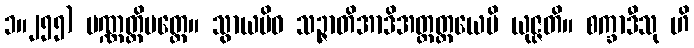
၁။၂၅၅) ပဏ္ဏတ္တိမတ္တေ။ သွာယမိဓ သဉ္ဇာတိအာဒိအတ္ထတ္တယေပိ ယုဇ္ဇတိ။ စက္ခာဒီသု ဟိ